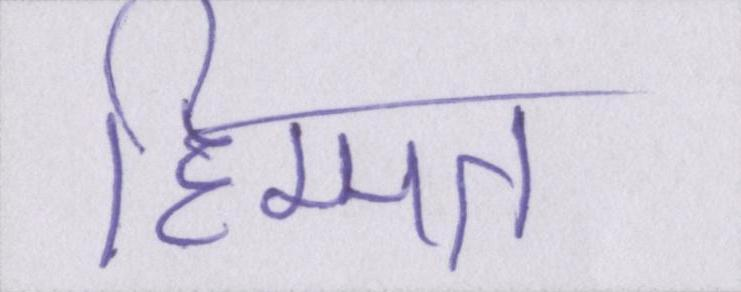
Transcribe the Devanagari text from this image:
हिम्मत